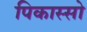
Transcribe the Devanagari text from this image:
पिकास्सो